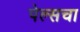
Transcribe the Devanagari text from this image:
पेल्सचा